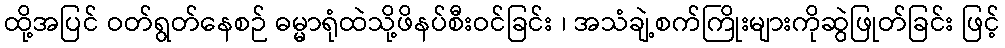
ထို့အပြင် ဝတ်ရွတ်နေစဉ် ဓမ္မာရုံထဲသို့ဖိနပ်စီးဝင်ခြင်း ၊ အသံချဲ့စက်ကြိုးများကိုဆွဲဖြုတ်ခြင်း ဖြင့်